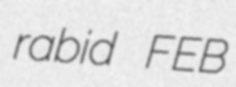
rabid FEB